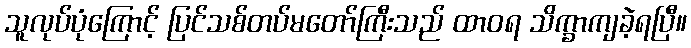
သူလုပ်ပုံကြောင့် ပြင်သစ်တပ်မတော်ကြီးသည် ထာဝရ သိက္ခာကျခဲ့ရပြီ။